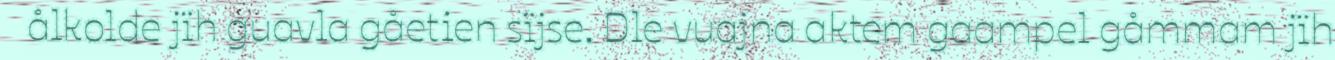
ålkolde jïh guavla gåetien sïjse. Dle vuajna aktem gaampel gåmmam jïh